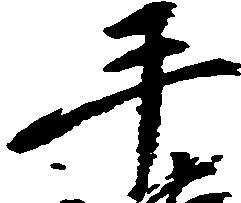
手